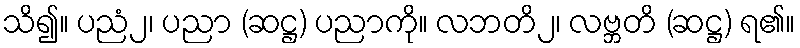
သိ၍။ ပညံ၂၊ ပညာ (ဆဋ္ဌ) ပညာကို။ လဘတိ၂၊ လဗ္ဘတိ (ဆဋ္ဌ) ရ၏။